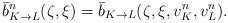
LaTeX: \begin{align*}\bar{b}_{K\to L}^n(\zeta,\xi)=\bar{b}_{K\to L}(\zeta,\xi,v^n_K,v^n_L).\end{align*}